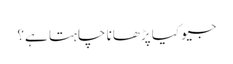
جیو کیا پڑھانا چاہتا ہے؟